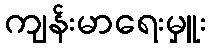
ကျန်းမာရေးမှူး